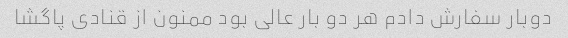
دوبار سفارش دادم هر دو بار عالی بود ممنون از قنادی پاگشا